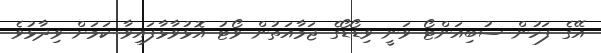
އޭގެ ފަހުން ސުބިއަންޓޯ ވަނީ ވިޑޯޑޯގެ ޖަމާއަތުން ވޯޓު އޮޅުވާޅާފައިވާ ކަމަށް ވިދާޅުވެ